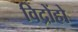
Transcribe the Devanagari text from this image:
विद्रोंहो